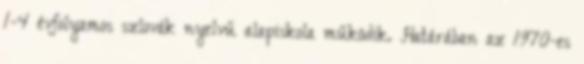
1-4 évfolyamos szlovák nyelvű alapiskola működik. Határában az 1970-es